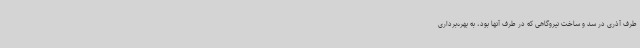
طرف آذری در سد و ساخت نیروگاهی که در طرف آنها بود، به بهره‌برداری